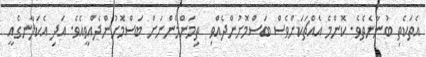
އެތަކެތި ބުނާނެތެވެ. ކޮންމެ އެއްޗަކަށްވެސް ބަސްމޮށުންދެއްވި  ތިމަންމެންނަށް ބަސްމޮށުންދެއްވީއެވެ. އަދި އެކަލާނގެއީ